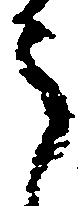
う